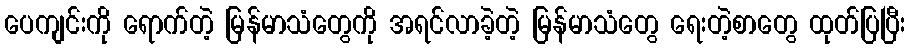
ပေကျင်းကို ရောက်တဲ့ မြန်မာသံတွေကို အရင်လာခဲ့တဲ့ မြန်မာသံတွေ ရေးတဲ့စာတွေ ထုတ်ပြပြီး